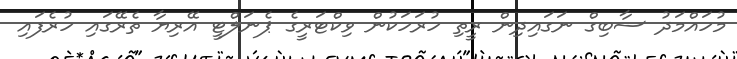
މުހައްމަދު ސާބިގް ނަގައިދިން ރީތި ހުރަހަކުން ވިކްޓަރީގެ ޕެނަލްޓީ އޭރިޔާ ތެރޭގައި ހުރެފައި